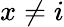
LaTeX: x\ne i